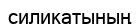
силикатының